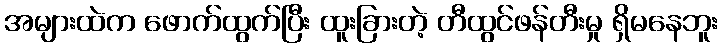
အများထဲက ဖောက်ထွက်ပြီး ထူးခြားတဲ့ တီထွင်ဖန်တီးမှု ရှိမနေဘူး